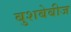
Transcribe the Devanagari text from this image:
बुशबेबीज